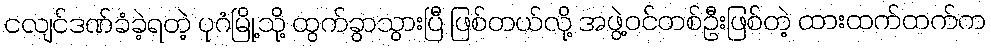
ငလျင်ဒဏ်ခံခဲ့ရတဲ့ ပုဂံမြို့သို့ ထွက်ခွာသွားပြီ ဖြစ်တယ်လို့ အဖွဲ့ဝင်တစ်ဦးဖြစ်တဲ့ ထားထက်ထက်က